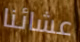
عشائنا